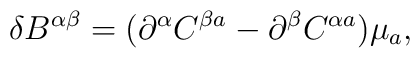
\delta B^{\alpha\beta}=(\partial^\alpha C^{\beta a}-\partial^\beta C^{\alpha a})\mu_a,